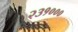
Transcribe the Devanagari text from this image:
२३१०००